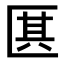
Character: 𠥊